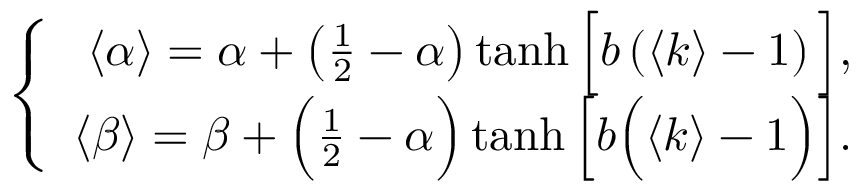
\left\{ \begin{array} { r } { \langle \alpha \rangle = \alpha + \left( \frac { 1 } { 2 } - \alpha \right) \operatorname { t a n h } \Big [ b \left( \langle k \rangle - 1 \right) \Big ] , } \\ { \langle \beta \rangle = \beta + \Big ( \frac { 1 } { 2 } - \alpha \Big ) \operatorname { t a n h } \Big [ b \Big ( \langle k \rangle - 1 \Big ) \Big ] . } \end{array} \right.